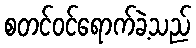
စတင်ဝင်ရောက်ခဲ့သည်